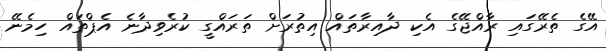
އޭގެ ތެރޭގައި ރާއްޖޭގެ އެކި ދާއިރާތައް އިތުރަށް ތަރައްގީ ކުރެވިދާނެ އެޕްތައް ހިމެނޭ